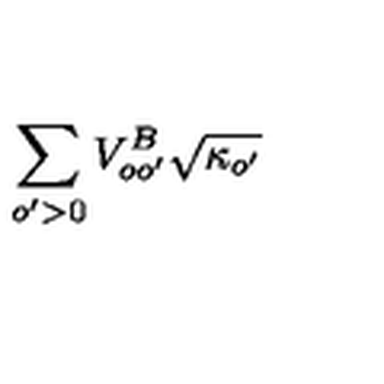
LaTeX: \sum _ { o ^ { \prime } > 0 } V _ { o o ^ { \prime } } ^ { B } \sqrt { \kappa _ { o ^ { \prime } } }